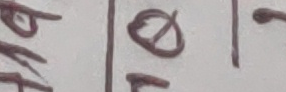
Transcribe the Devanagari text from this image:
०